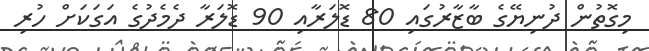
މިގޮތުން ދުނިޔޭގެ ބާޒާރުގައި 80 ޑޮލަރާއި 90 ޑޮލަރާ ދެމެދުގެ އަގަކަށް ހުރި